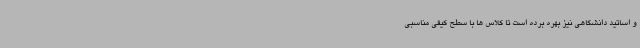
و اساتید دانشگاهی نیز بهره برده است تا کلاس ها با سطح کیفی مناسبی